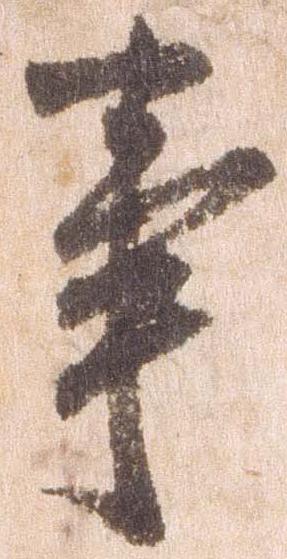
事